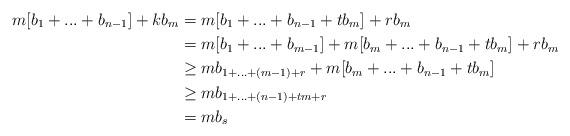
LaTeX: \begin{align*} m[b_1+...+b_{n-1}]+kb_m & =m[b_1+...+b_{n-1}+tb_m]+rb_m \\ & =m[b_1+...+b_{m-1}]+m[b_m+...+b_{n-1}+tb_m]+rb_m\\ &\ge mb_{1+...+(m-1)+r} + m[b_m+...+b_{n-1}+tb_m]\\ &\ge mb_{1+...+(n-1)+tm+r}\\ &= mb_s\end{align*}